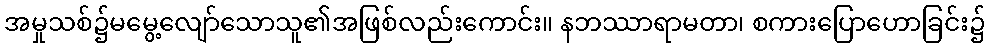
အမှုသစ်၌မမွေ့လျော်သောသူ၏အဖြစ်လည်းကောင်း။ နဘဿာရာမတာ၊ စကားပြောဟောခြင်း၌